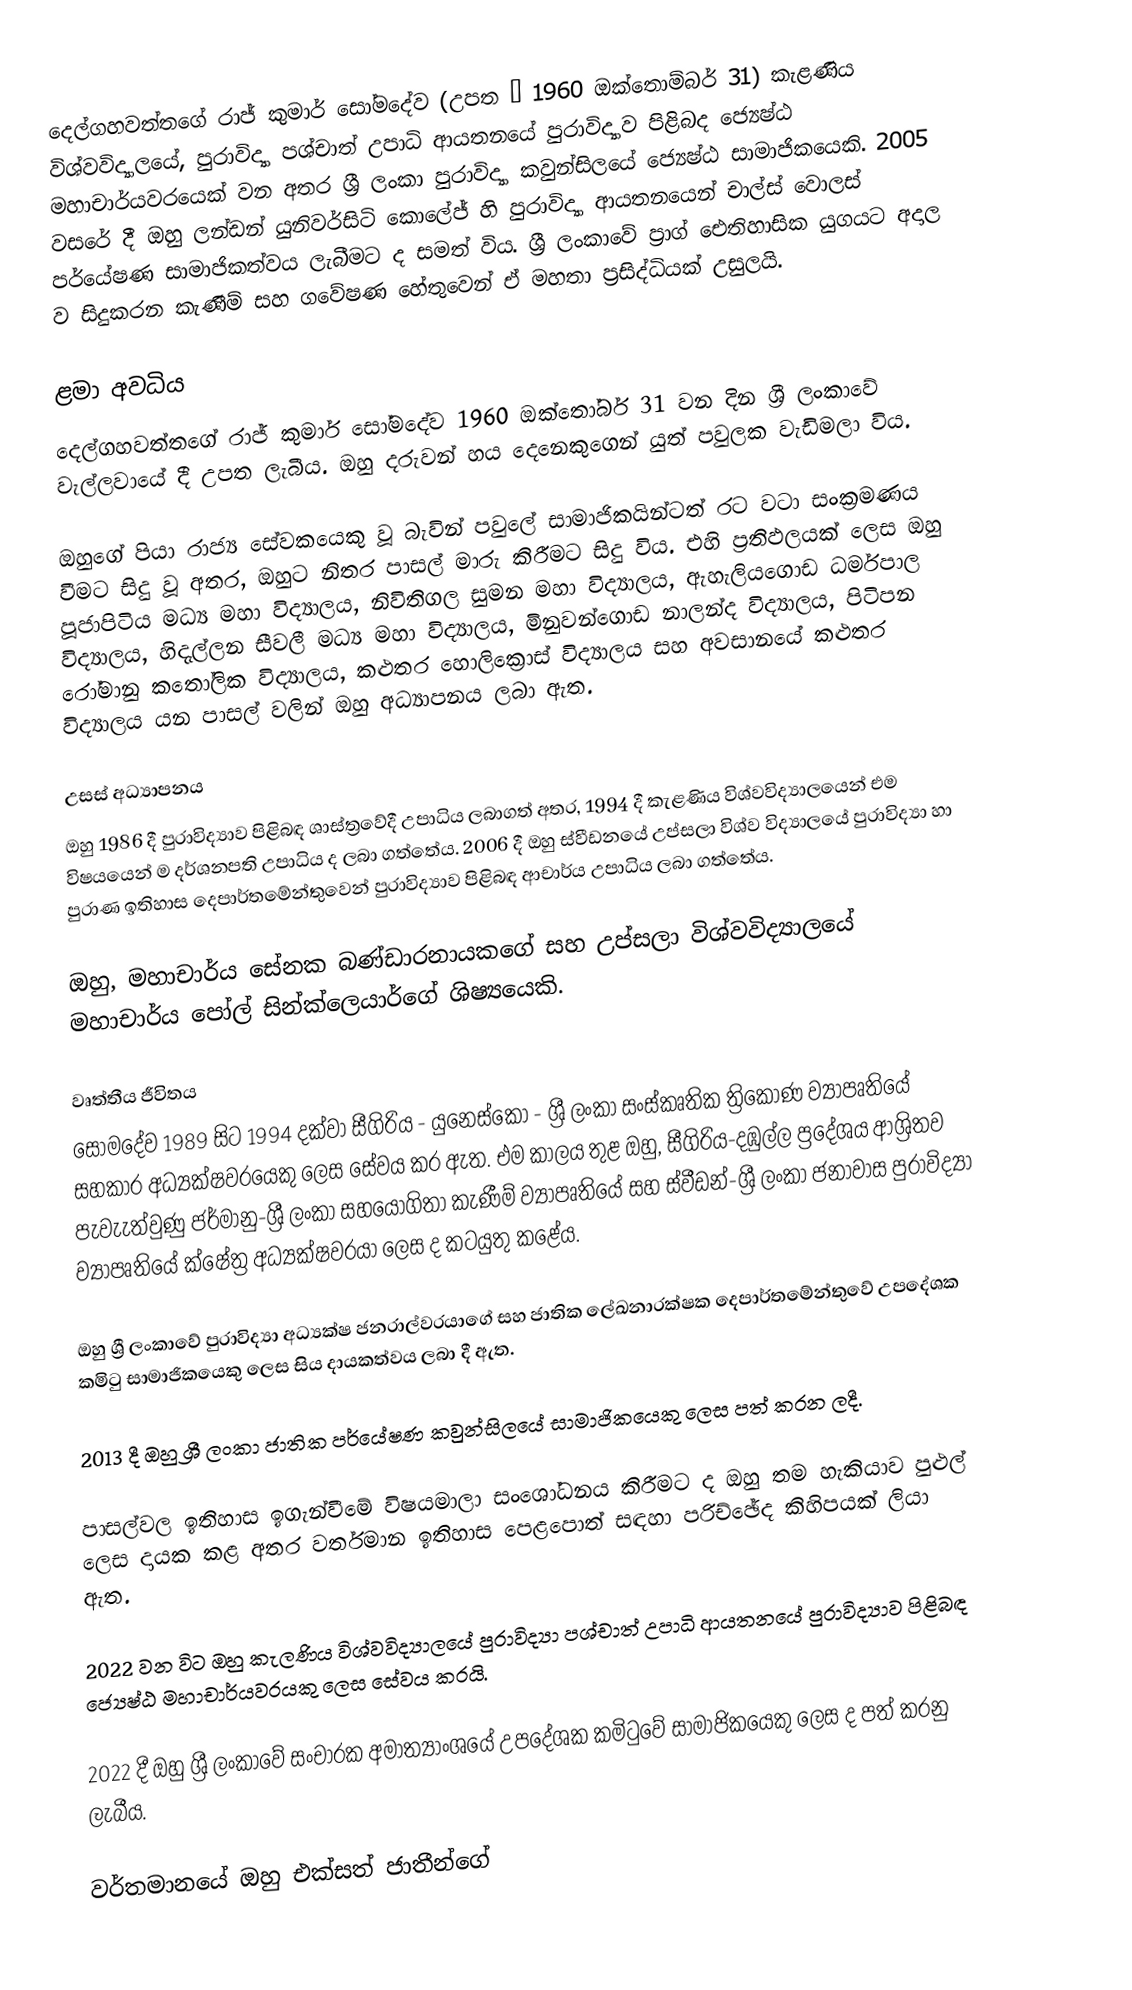
දෙල්ගහවත්තගේ රාජ් කුමාර් සෝමදේව (උපත – 1960 ඔක්තොම්බර් 31) කැළණිය විශ්වවිද්‍යාලයේ, පුරාවිද්‍යා පශ්චාත් උපාධි ආයතනයේ පුරාවිද්‍යාව පිළිබද ජ්‍යෙෂ්ඨ මහාචාර්යවරයෙක් වන අතර ශ්‍රී ලංකා පුරාවිද්‍යා කවුන්සිලයේ  ජ්‍යෙෂ්ඨ සාමාජිකයෙකි. 2005 වසරේ දී ඔහු ලන්ඩන් යුනිවර්සිටි කොලේජ් හි පුරාවිද්‍යා ආයතනයෙන් චාල්ස් වොලස් පර්යේෂණ සාමාජිකත්වය ලැබීමට ද සමත් විය. ශ්‍රී ලංකාවේ ප්‍රාග් ඓතිහාසික යුගයට අදාල ව සිදුකරන කැණීම් සහ ගවේෂණ හේතුවෙන් ඒ මහතා ප්‍රසිද්ධියක් උසුලයි.

ළමා අවධිය
දෙල්ගහවත්තගේ රාජ් කුමාර් සෝමදේව 1960 ඔක්තෝබර් 31 වන දින ශ්‍රී ලංකාවේ වැල්ලවායේ දී උපත ලැබීය. ඔහු දරුවන් හය දෙනෙකුගෙන් යුත් පවුලක වැඩිමලා විය.

ඔහුගේ පියා රාජ්‍ය සේවකයෙකු වූ බැවින් පවුලේ සාමාජිකයින්ටත් රට වටා සංක්‍රමණය වීමට සිදු වූ අතර, ඔහුට නිතර පාසල් මාරු කිරීමට සිදු විය. එහි ප්‍රතිඵලයක් ලෙස ඔහු පූජාපිටිය මධ්‍ය මහා විද්‍යාලය, නිවිතිගල සුමන මහා විද්‍යාලය, ඇහැලියගොඩ ධර්මපාල විද්‍යාලය, හිදැල්ලන සීවලී මධ්‍ය මහා විද්‍යාලය, මිනුවන්ගොඩ නාලන්ද විද්‍යාලය, පිටිපන රෝමානු කතෝලික විද්‍යාලය, කළුතර හොලික්‍රොස් විද්‍යාලය සහ අවසානයේ කළුතර විද්‍යාලය යන පාසල් වලින් ඔහු අධ්‍යාපනය ලබා ඇත.

උසස් අධ්‍යාපනය
ඔහු 1986 දී පුරාවිද්‍යාව පිළිබඳ ශාස්ත්‍රවේදී උපාධිය ලබාගත් අතර, 1994 දී කැළණිය විශ්වවිද්‍යාලයෙන් එම විෂයයෙන් ම දර්ශනපති උපාධිය ද ලබා ගත්තේය. 2006 දී ඔහු ස්වීඩනයේ උප්සලා විශ්ව විද්‍යාලයේ පුරාවිද්‍යා හා පුරාණ ඉතිහාස දෙපාර්තමේන්තුවෙන් පුරාවිද්‍යාව පිළිබඳ ආචාර්ය උපාධිය ලබා ගත්තේය.

ඔහු, මහාචාර්ය සේනක බණ්ඩාරනායකගේ සහ උප්සලා විශ්වවිද්‍යාලයේ මහාචාර්ය පෝල් සින්ක්ලෙයාර්ගේ ශිෂ්‍යයෙකි.

වෘත්තීය ජීවිතය
සෝමදේව 1989 සිට 1994 දක්වා සීගිරිය - යුනෙස්කෝ - ශ්‍රී ලංකා සංස්කෘතික ත්‍රිකෝණ ව්‍යාපෘතියේ සහකාර අධ්‍යක්ෂවරයෙකු ලෙස සේවය කර ඇත. එම කාලය තුළ ඔහු, සීගිරිය-දඹුල්ල ප්‍රදේශය‍ ආශ්‍රිතව පැවැැත්වුණු ජර්මානු-ශ්‍රී ලංකා සහයෝගිතා කැණීම් ව්‍යාපෘතියේ සහ ස්වීඩන්-ශ්‍රී ලංකා ජනාවාස පුරාවිද්‍යා ව්‍යාපෘතියේ ක්ෂේත්‍ර අධ්‍යක්ෂවරයා ලෙස ද කටයුතු කළේය.

ඔහු ශ්‍රී ලංකාවේ පුරාවිද්‍යා අධ්‍යක්ෂ ජනරාල්වරයාගේ සහ ජාතික ලේඛනාරක්ෂක දෙපාර්තමේන්තුවේ උපදේශක කමිටු සාමාජිකයෙකු ලෙස සිය දායකත්වය ලබා දී ඇත.

2013 දී ඔහු ශ්‍රී ලංකා ජාතික පර්යේෂණ කවුන්සිලයේ සාමාජිකයෙකු ලෙස පත් කරන ලදී.

පාසල්වල ඉතිහාස ඉගැන්වීමේ විෂයමාලා සංශෝධනය කිරීමට ද ඔහු තම හැකියාව පුළුල් ලෙස දායක කළ අතර වර්තමාන ඉතිහාස පෙළපොත් සඳහා පරිච්ඡේද කිහිපයක් ලියා ඇත.

2022 වන විට ඔහු කැලණිය විශ්වවිද්‍යාලයේ පුරාවිද්‍යා පශ්චාත් උපාධි ආයතනයේ පුරාවිද්‍යාව පිළිබඳ ජ්‍යෙෂ්ඨ මහාචාර්යවරයකු ලෙස සේවය කරයි.

2022 දී ඔහු ශ්‍රී ලංකාවේ සංචාරක අමාත්‍යාංශයේ උපදේශක කමිටුවේ සාමාජිකයෙකු ලෙස ද පත් කරනු ලැබීය.

වර්තමානයේ ඔහු එක්සත් ජාතීන්ගේ